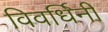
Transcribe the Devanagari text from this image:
विवर्धिनी